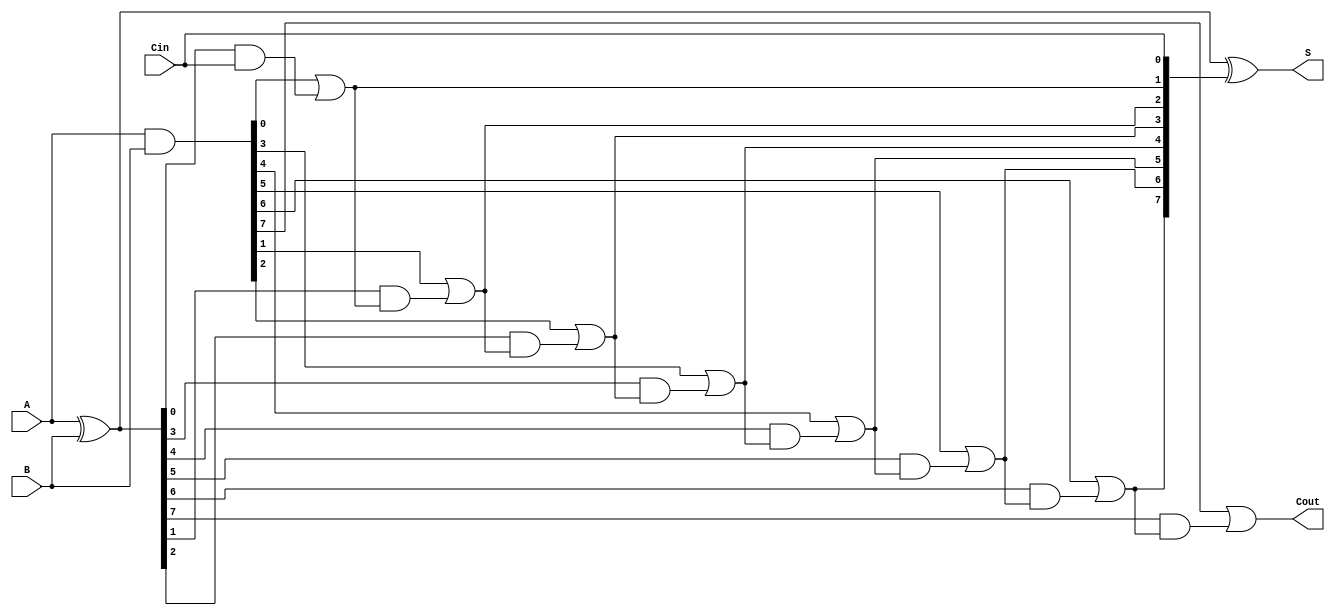
module VLCLA #(parameter N = 8) (
    input  wire [N-1:0] A,    // First operand
    input  wire [N-1:0] B,    // Second operand
    input  wire Cin,           // Carry input
    output wire [N-1:0] S,     // Sum output
    output wire Cout           // Carry output
);

    // Generate and Propagate signals
    wire [N-1:0] G;  // Generate signals
    wire [N-1:0] P;  // Propagate signals
    wire [N:0] C;    // Carry signals

    // Compute Generate and Propagate
    assign G = A & B;         // Generate: G_i = A_i AND B_i
    assign P = A ^ B;         // Propagate: P_i = A_i XOR B_i

    // Carry lookahead logic
    assign C[0] = Cin;        // C_0 = Cin
    generate
        genvar i;
        for (i = 0; i < N; i = i + 1) begin : carry_logic
            if (i == 0) begin
                assign C[i + 1] = G[i] | (P[i] & C[i]);
            end else begin
                assign C[i + 1] = G[i] | (P[i] & C[i]);
            end
        end
    endgenerate

    // Sum calculation
    assign S = P ^ C[N-1:0];  // S_i = P_i XOR C_i

    // Carry out
    assign Cout = C[N];       // Cout = C_n

endmodule